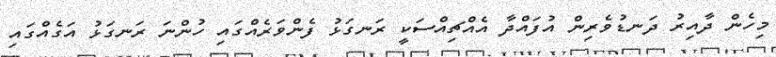
މިހެން ދާއިރު ދަނޑުވެރިން އުފައްދާ އެއްޗިއްސަކީ ރަނގަޅު ފެންވަރެއްގައި ހުންނަ ރަނގަޅު އަގެއްގައި